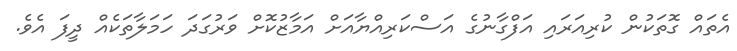
އެތައް ގޮތަކުން ކުރިއަރައި އަފްގާނުގެ އަސްކަރިއްޔާއަށް އަމާޒުކޮށް ވަރުގަދަ ހަމަލާތަކެއް ދީފަ އެވެ.